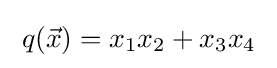
\;q({\vec {x}})=x_{1}x_{2}+x_{3}x_{4}\;